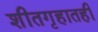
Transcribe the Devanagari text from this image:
शीतगृहातही